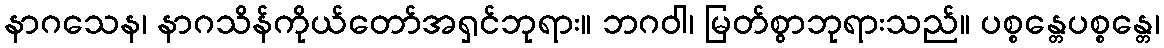
နာဂသေန၊ နာဂသိန်ကိုယ်တော်အရှင်ဘုရား။ ဘဂဝါ၊ မြတ်စွာဘုရားသည်။ ပစ္စန္တေပစ္စန္တေ၊